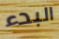
البدء